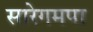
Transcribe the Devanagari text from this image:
सारेगमपा